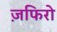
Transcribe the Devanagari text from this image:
ज़फिरो